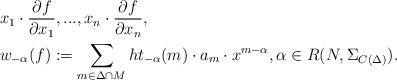
LaTeX: \begin{align*}& x_1 \cdot \frac{\partial f}{\partial x_1},..., x_n \cdot \frac{\partial f}{\partial x_n}, \\& w_{-\alpha}(f) := \sum\limits_{m \in \Delta \cap M} ht_{-\alpha}(m) \cdot a_m \cdot x^{m-\alpha}, \alpha \in R(N,\Sigma_{C(\Delta)}).\end{align*}